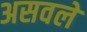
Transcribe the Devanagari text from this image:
असवले